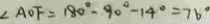
\angle A O F = 1 8 0 ^ { \circ } - 9 0 ^ { \circ } - 1 4 ^ { \circ } = 7 6 ^ { \circ }